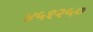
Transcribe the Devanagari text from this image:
४५१२५०